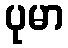
ပုမာ